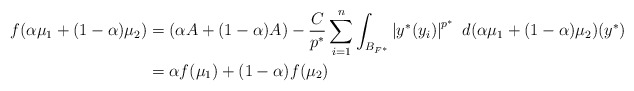
\begin{align*}f(\alpha\mu_1+(1-\alpha)\mu_2)&=\left(\alpha A+(1-\alpha)A\right)-\frac{C}{p^*}\sum_{i=1}^{n}\int_{B_{F^{*}}}\left|y^*(y_i)\right|^{p^*}\ d(\alpha\mu_1+(1-\alpha)\mu_2)(y^*)\\&=\alpha f(\mu_1)+(1-\alpha)f(\mu_2)\end{align*}